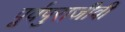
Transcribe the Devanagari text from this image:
पूर्वपुराजीवी